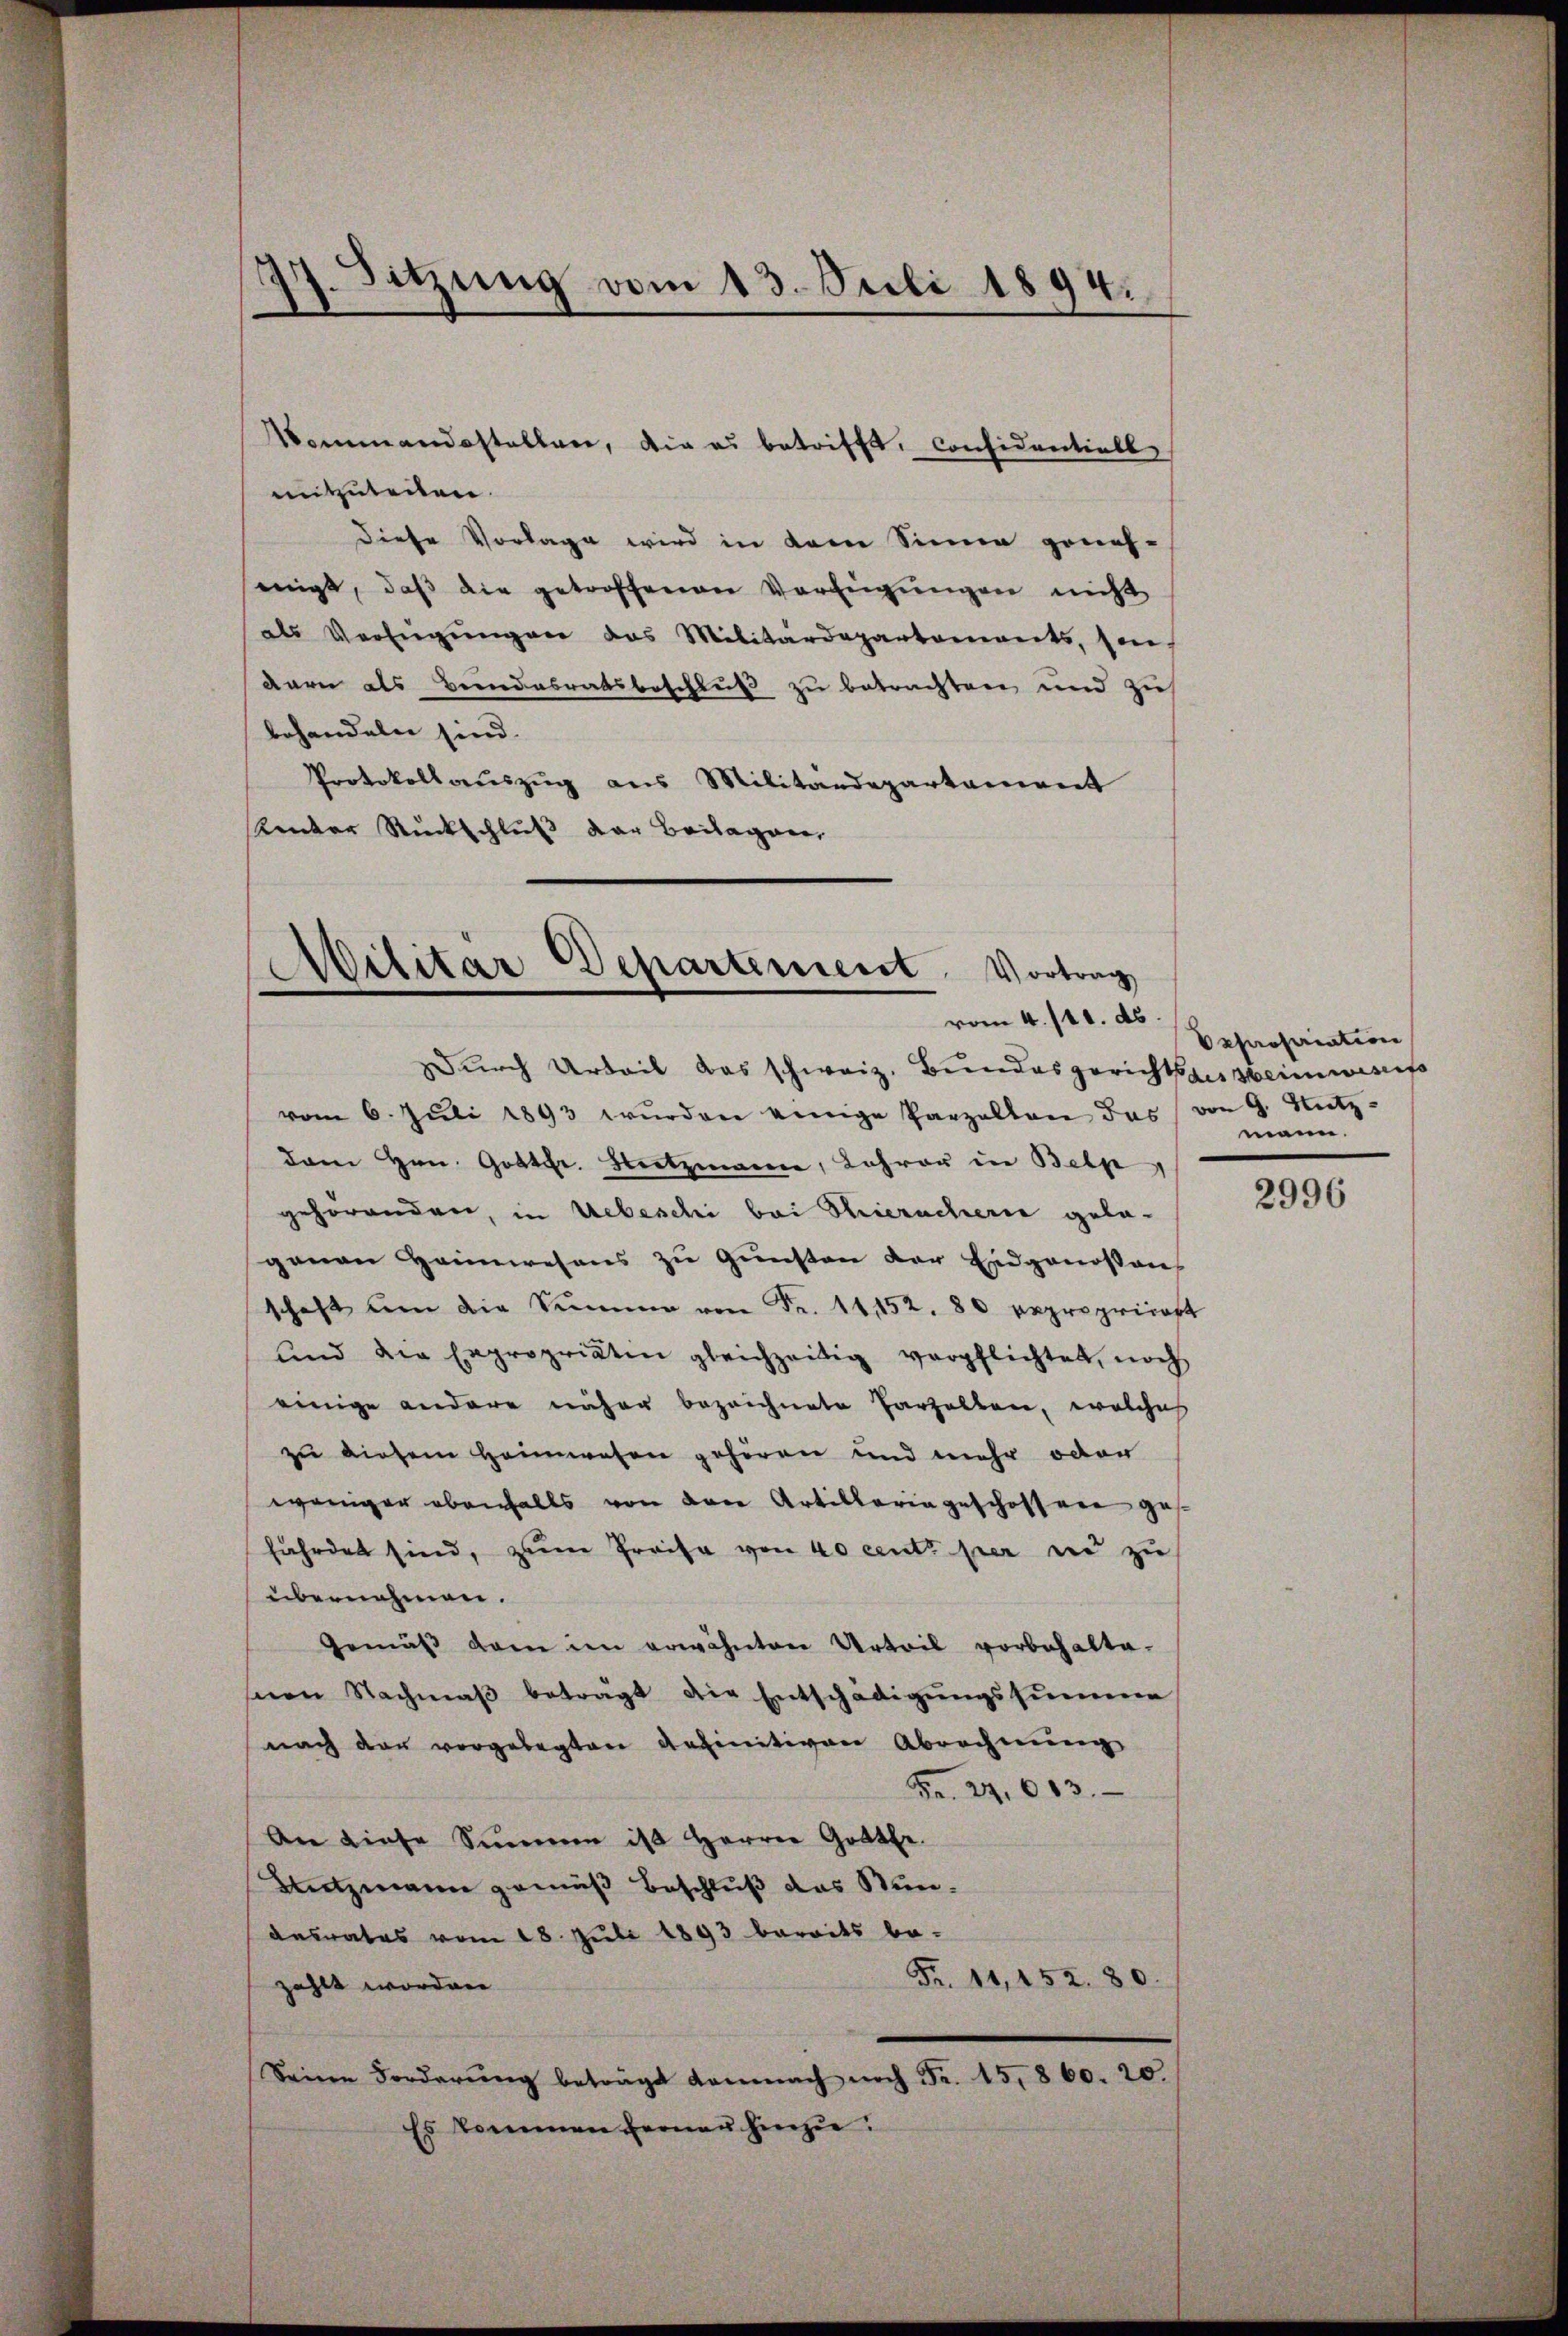
Mommandestellen, die es betrifft, considentiell
mitzuteilen.
diese Vorlage wird in dem Sinne geneh-
eigt, daβ die getroffenen Verfügungen nicht
als Verfügŭngen das Militärdepartements, sin
dern als Beindesratsbeschluß zu betrachten und zu
behandeln sind.
Protokollaŭszŭg aŭs Militärdepartament
Kenker Rückschluß der Beilagen,

Sitzung vom 13. Juli 1894.

Militar Departement. Vortrag
vom 4. 111. ds.
Durch Urteil das schweiz. Bundesgerichtsher Heimwesis

vom 6. Jŭli 1893 wŭrden einige Parzellen das von 9. Nutz-
dan Hrn. Gottfr. Heitzmanne, Lehrer in Belp
gehörenden, in Uebeschi bei Thierachern gelagenen Heimwesens zu Gunsten der Eidgenossen
schaft am die Summe von Fr. 11152. 80 Repropriat
und die Expropriatin gleichzeitig verpflichtet, noch
einige andere näher bezeichnete Parzelten, welches
zu diesem Heimwesen gehören und mehr oder
weniger ebenfalls von den Artillaria geschossen ges
fährdet sind, zum Preise von 40 cent per in zu
übernehmen.
Gemäβ dem im erwähnten Urteil vorbehaltenen Nachmaβ beträgt die Entschädigŭngssumme
nach der vorgelegten definitiven Abrechnung
Fr. 24. 603.
An diese Summe ist Herren Gotte.
Autzmann gemäß Beschluß das Wundesrates vom 18. Juli 1893 bereits be-
Fr. 11,152. 80.
zahlt worden
Seine Forderŭng beträgt demnach noch Fr. 15,860. 20.
Es kommen fernen hierzu.

Expropriation
mann.

2996